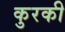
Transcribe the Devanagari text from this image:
कुरकी